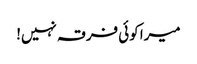
میرا کوئی فرقہ نہیں!